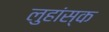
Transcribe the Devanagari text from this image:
लुहांस्क